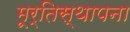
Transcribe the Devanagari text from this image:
मूर्तिस्थापना